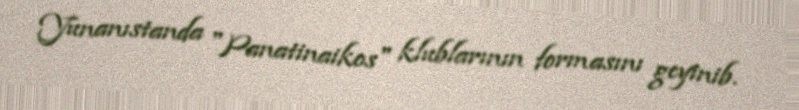
Yunanıstanda "Panatinaikos" klublarının formasını geyinib.